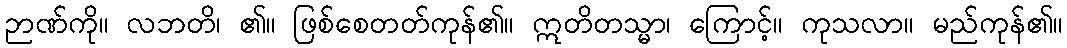
ဉာဏ်ကို။ လဘတိ၊ ၏။ ဖြစ်စေတတ်ကုန်၏။ ဣတိတသ္မာ၊ ကြောင့်။ ကုသလာ။ မည်ကုန်၏။